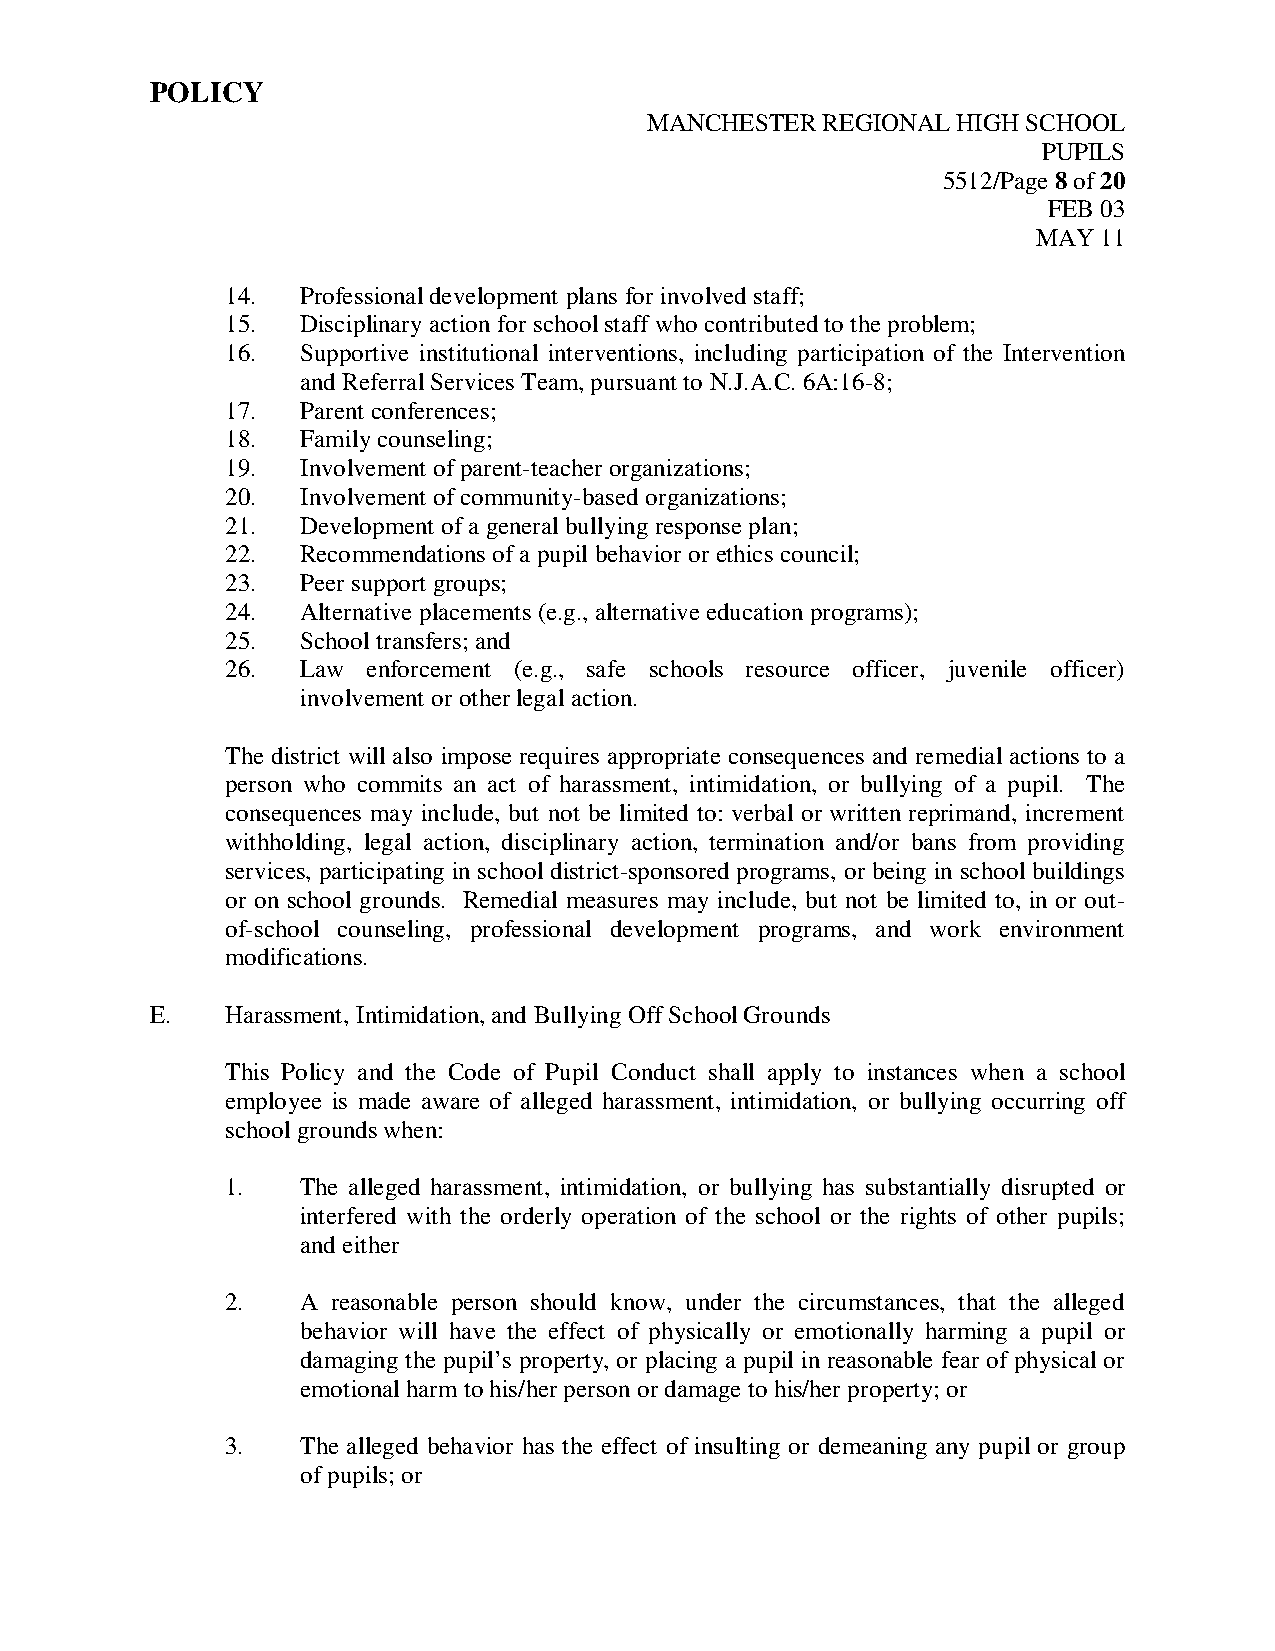
POLICY
 MANCHESTER REGIONAL HIGH SCHOOL
 PUPILS
 5512/Page 8 of 20
 FEB 03
 MAY 11
 14.  Professional development plans for involved staff;
 15.  Disciplinary action for school staff who contributed to the problem;
 16.  Supportive institutional interventions, including participation of the Intervention
 and Referral Services Team, pursuant to N.J.A.C. 6A:16-8;
 17.  Parent conferences;
 18.  Family counseling;
 19.  Involvement of parent-teacher organizations;
 20.  Involvement of community-based organizations;
 21.  Development of a general bullying response plan;
 22.  Recommendations of a pupil behavior or ethics council;
 23.  Peer support groups;
 24.  Alternative placements (e.g., alternative education programs);
 25.  School transfers; and
 26.  Law enforcement (e.g., safe schools resource officer, juvenile officer)
 involvement or other legal action.
 The district will also impose requires appropriate consequences and remedial actions to a
 person who commits an act of harassment, intimidation, or bullying of a pupil. The
 consequences may include, but not be limited to: verbal or written reprimand, increment
 withholding, legal action, disciplinary action, termination and/or bans from providing
 services, participating in school district-sponsored programs, or being in school buildings
 or on school grounds. Remedial measures may include, but not be limited to, in or out-
 of-school counseling, professional development programs, and work environment
 modifications.
 E.   Harassment, Intimidation, and Bullying Off School Grounds
 This Policy and the Code of Pupil Conduct shall apply to instances when a school
 employee is made aware of alleged harassment, intimidation, or bullying occurring off
 school grounds when:
 1.   The alleged harassment, intimidation, or bullying has substantially disrupted or
 interfered with the orderly operation of the school or the rights of other pupils;
 and either
 2.   A reasonable person should know, under the circumstances, that the alleged
 behavior will have the effect of physically or emotionally harming a pupil or
 damaging the pupil’s property, or placing a pupil in reasonable fear of physical or
 emotional harm to his/her person or damage to his/her property; or
 3.   The alleged behavior has the effect of insulting or demeaning any pupil or group
 of pupils; or